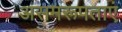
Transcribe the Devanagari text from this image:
असमरूपताएं